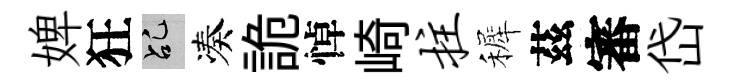
婢狂乩凑詭悼崎拄裤茲審岱